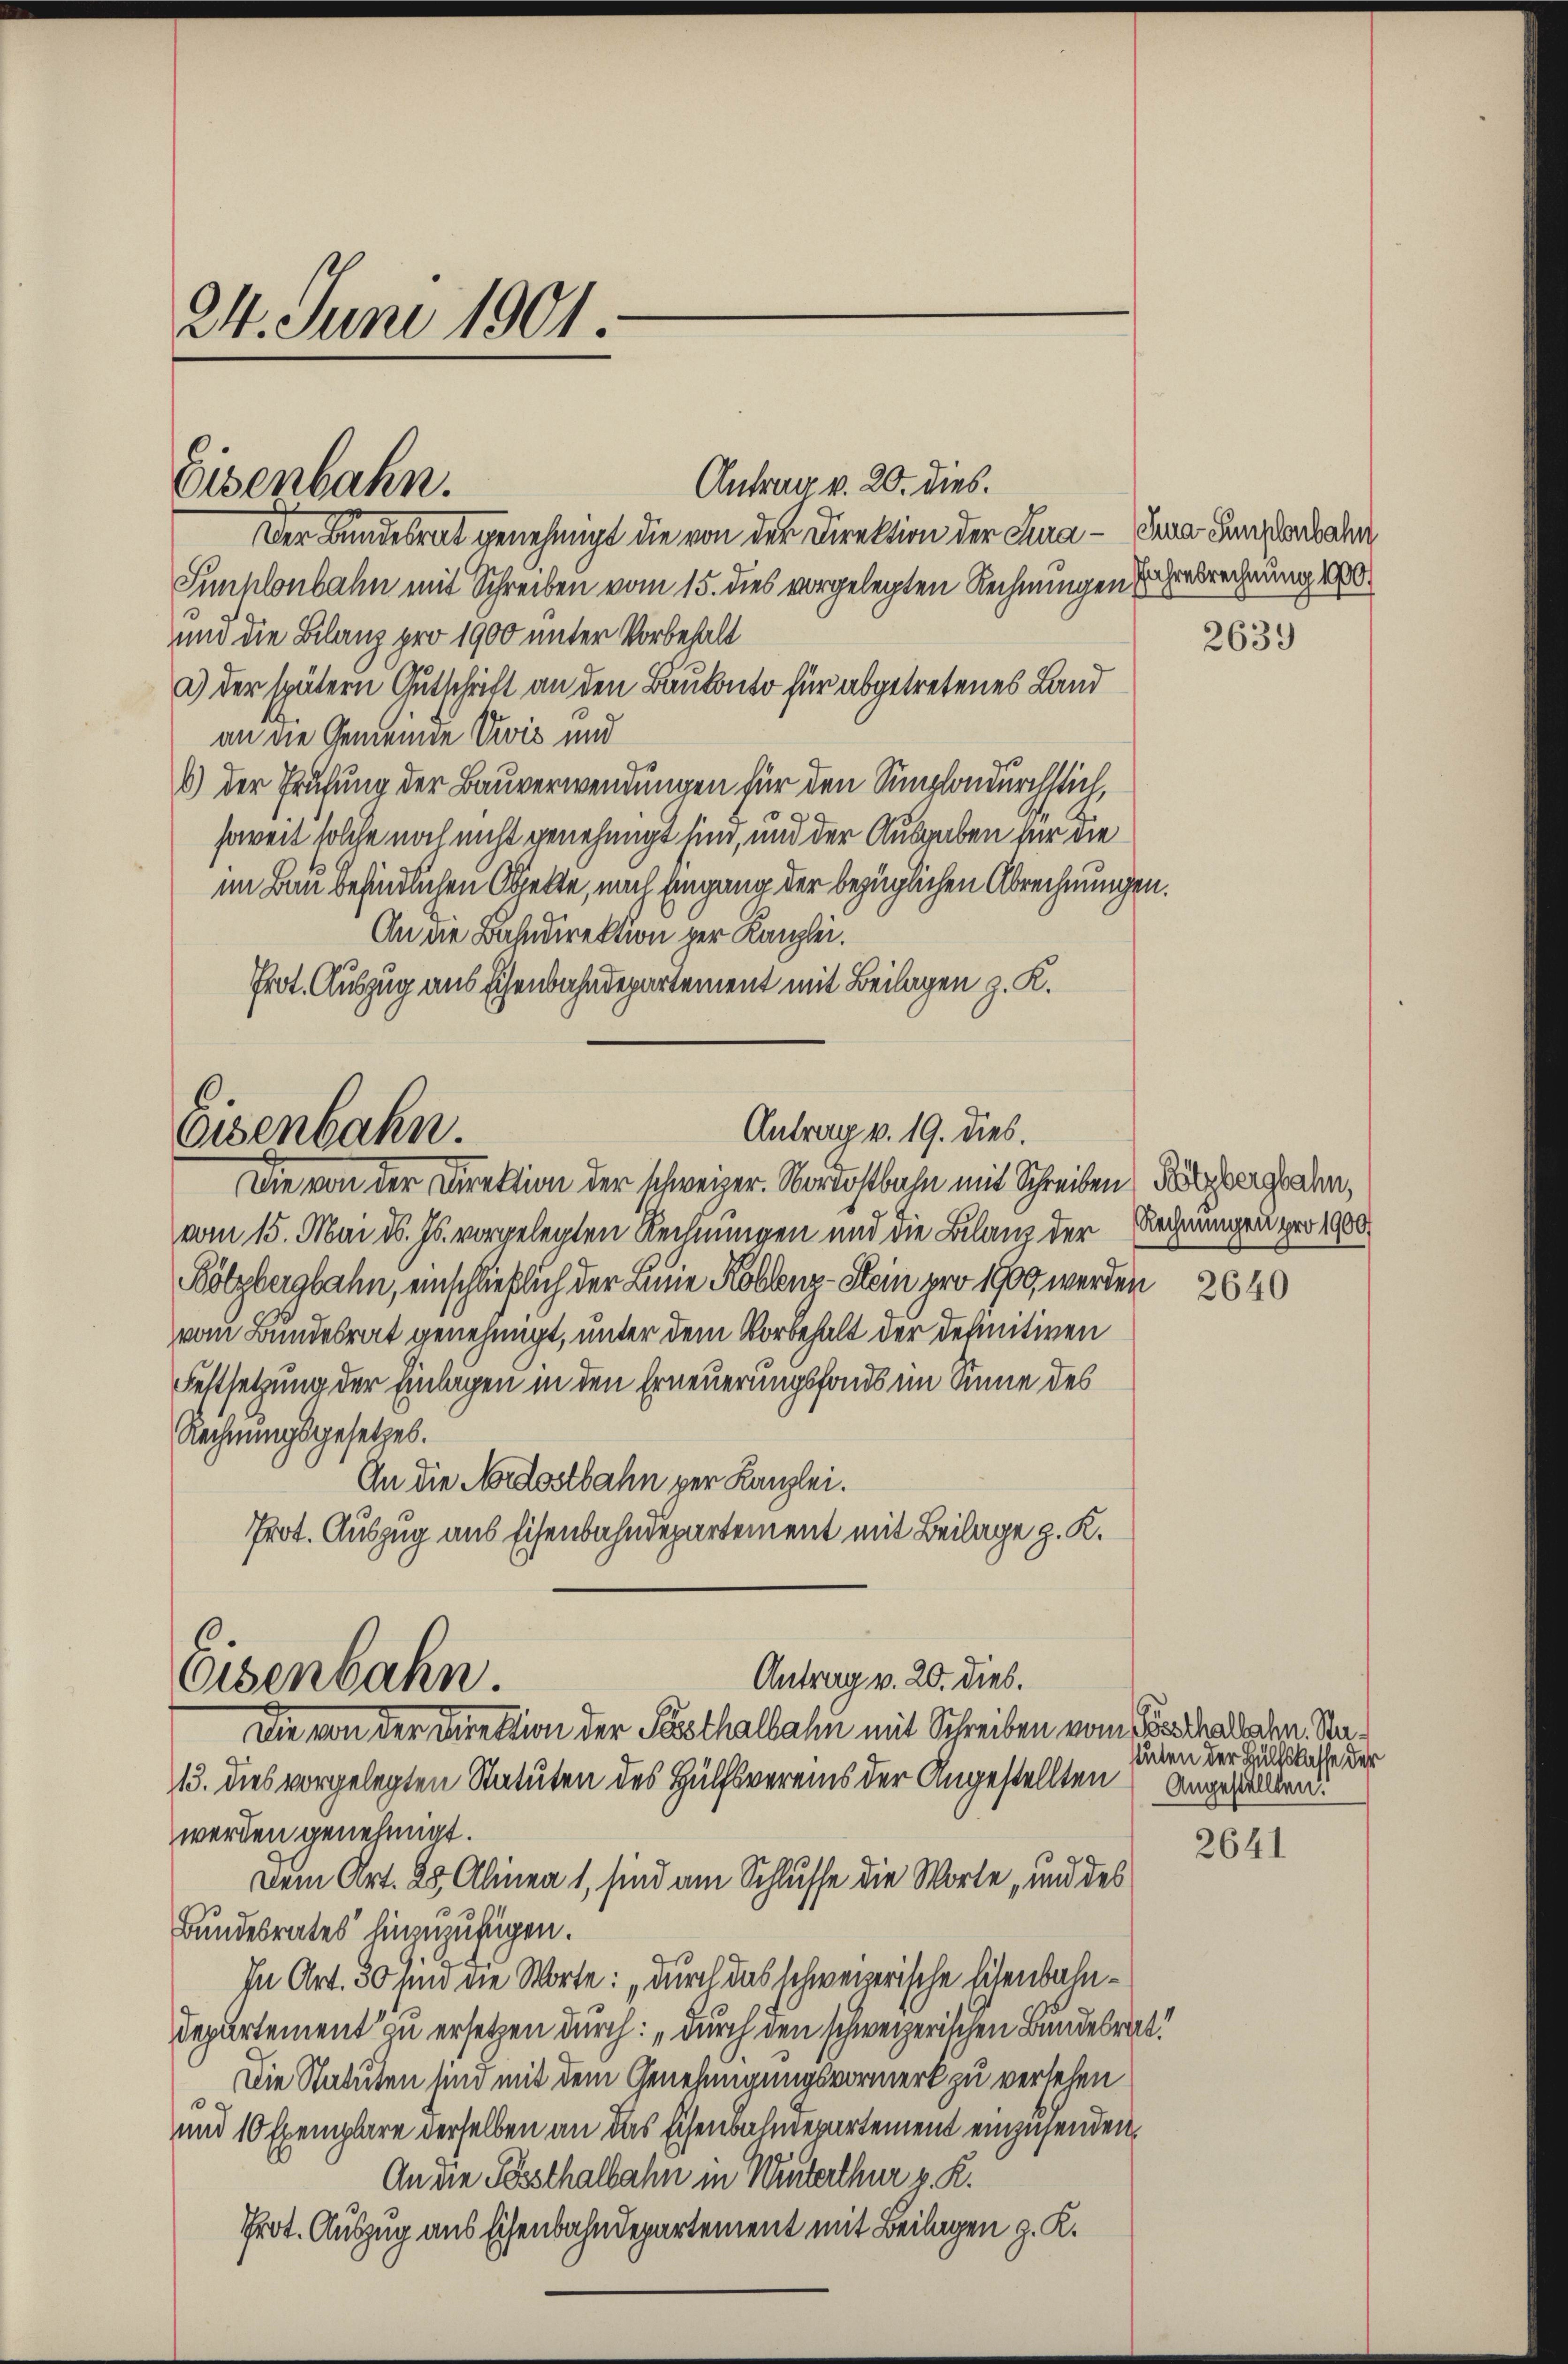
24. Juni 1901

Antrag v. 20. dies.
Der Bundesrat genehmigt die von der Direktion der Lina - Lina Langlenbahn
Sunklenbahn mit Schreiben vom 15. dies vorgelegten Rechnungen Zuhresrechnung 1900
und die Bilanz pro 1900 unter Vorbehalt
a) der spätern Gutschrift an den Baukonto für abgetretenes Land
an die Gemeinde Vvić und
6) der Prüfung der Bauverwendungen für den Simplondurchstich,
soweit solche noch nicht genehmigt sind, und der Ausgaben für die
im Bau befindlichen Objekte, nach Eingang der bezüglichen Abrechnungen.
An die Bahndirektion der Kanzlei.
Prot. Auszug aus Eisenbahndepartement mit Beilagen z. K.

Eisenbahn.

Antrag v. 19. dies.
Eisenbahn.
Die von der Direktion der schweizer. Nordostbahn mit Schreiben (Kölzbergehen,

vom 15. Mai d. Js. vorgelegten Rechnungen und die Bilanz der Rechnungen pro 1900.
Bölzbergbahn, einschließlich der Linie Koblenz-Stein pro 1909 werden
vom Bundesrat genehmigt, unter dem Vorbehalt der definitiven
Festsetzung der Einlagen in den Erneuerungsfonds im Sinne des
Rechnungsgesetzes.
An die Nordostbahn per Kanzlei.
Prot. Auszug aus Eisenbahndepartement mit Beilage z. K.

Antrag v. 20. dies.
Eisenbahn.
Die von der Direktion der Posthalbahn mit Schreiben vom Beschallaten Ra¬

13. dies vorgelegten Statuten des Hülfsvereins der Angestellten angestellten.
werden genehmigt.
Dem Art. 25, Alinea 1, sind am Schlusse die Worte, und des
Bundesrates hinzuzufügen.
In Art. 30 sind die Worte: „Durch das schweizerische Eisenbahn¬
Departement zu ersetzen durch: „durch den schweizerischen Bundesrat.
Die Statuten sind mit dem Genehmigungsvormerk zu versehen
.
und 10 Exemplare derselben an das schenbahndepartement einzusenden,
An die Festhalbahn in Winterthur v. R.
Prot. Auszug aus Eisenbahndepartement mit Beilagen z. K.

2639

2640

stuten der Hülfskasse der

2641